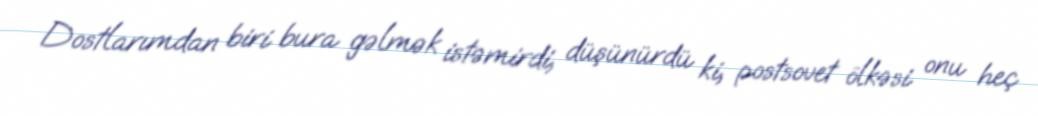
Dostlarımdan biri bura gəlmək istəmirdi, düşünürdü ki, postsovet ölkəsi onu heç